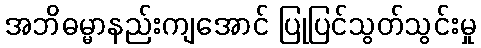
အဘိဓမ္မာနည်းကျအောင် ပြုပြင်သွတ်သွင်းမှု